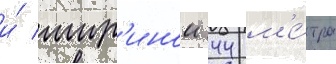
и́ шир'инои 44 м'е́тра